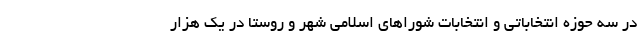
در سه حوزه انتخاباتی و انتخابات شوراهای اسلامی شهر و روستا در یک هزار